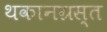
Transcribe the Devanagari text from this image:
थकानग्रस्त